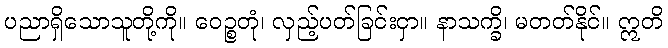
ပညာရှိသောသူတို့ကို။ ဝေဉ္စတုံ၊ လှည့်ပတ်ခြင်းငှာ။ နာသက္ခိ၊ မတတ်နိုင်။ ဣတိ